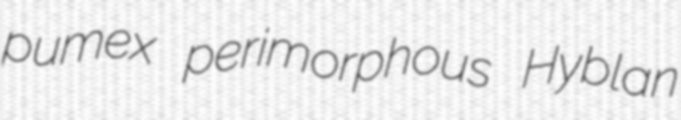
pumex perimorphous Hyblan